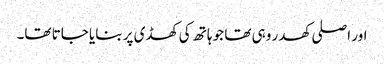
اور اصلی کھدر وہی تھا جو ہاتھ کی کھڈی پر بنایا جاتا تھا۔